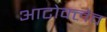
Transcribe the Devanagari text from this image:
आटोक्‍लेव